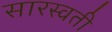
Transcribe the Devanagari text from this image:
सारस्वती